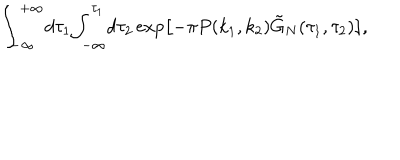
{ \int _ { - \infty } ^ { + \infty } } d { \tau _ { 1 } } { \int _ { - \infty } ^ { \tau _ { 1 } } } d { \tau _ { 2 } } \exp \left[ - \pi P ( { k _ { 1 } } , { k _ { 2 } } ) { \tilde { G } _ { N } } ( { \tau _ { 1 } } , { \tau _ { 2 } } ) \right] ,